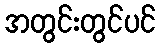
အတွင်းတွင်ပင်